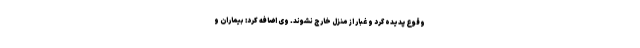
وقوع پدیده گرد و غبار از منزل خارج نشوند. وی اضافه کرد: بیماران و